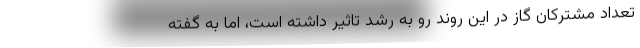
تعداد مشترکان گاز در این روند رو به رشد تاثیر داشته است، اما به گفته